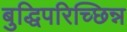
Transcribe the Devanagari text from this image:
बुद्धिपरिच्छिन्न